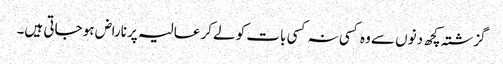
گزشتہ کچھ دنوں سے وہ کسی نہ کسی بات کو لےکر عالیہ پر ناراض ہو جاتی ہیں۔